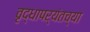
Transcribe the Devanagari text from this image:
वृद्धापर्यंतच्या